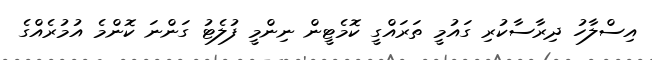
އިސްލާހު ދިރާސާކުރި ގައުމީ ތަރައްގީ ކޮމެޓީން ނިންމީ ފުލެޓު ގަންނަ ކޮންމެ އުމުރެއްގެ